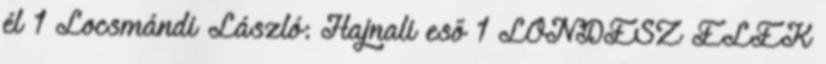
él 1 Locsmándi László: Hajnali eső 1 LONDESZ ELEK